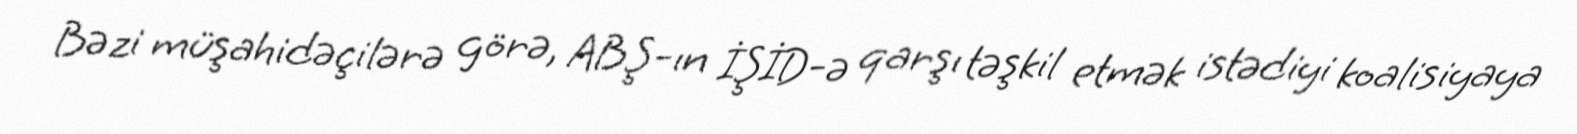
Bəzi müşahidəçilərə görə, ABŞ-ın İŞİD-ə qarşı təşkil etmək istədiyi koalisiyaya